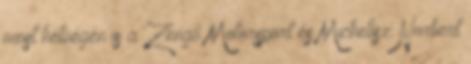
most hétvégén is a Zengő Motorsport és Michelisz Norbert